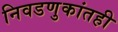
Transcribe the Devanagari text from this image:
निवडणुकांतही